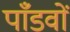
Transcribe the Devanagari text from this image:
पाँडवों